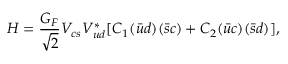
H = \frac { G _ { F } } { \sqrt { 2 } } V _ { c s } V _ { u d } ^ { * } [ C _ { 1 } ( \bar { u } d ) ( \bar { s } c ) + C _ { 2 } ( \bar { u } c ) ( \bar { s } d ) ] ,